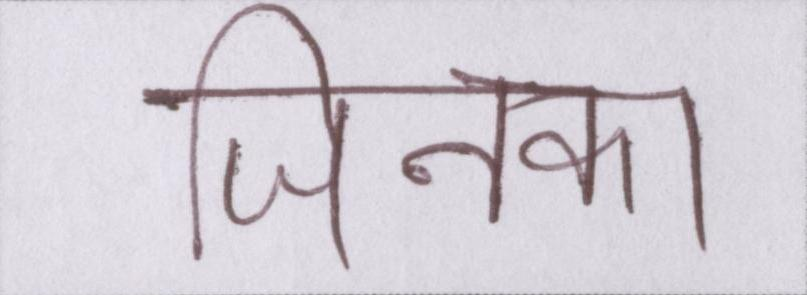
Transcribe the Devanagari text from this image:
जिनका